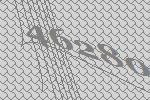
46280